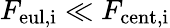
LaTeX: {F_{\mathrm{eul,i}}\ll F_{\mathrm{cent,i}}}